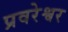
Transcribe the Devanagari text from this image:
प्रवरेश्वर